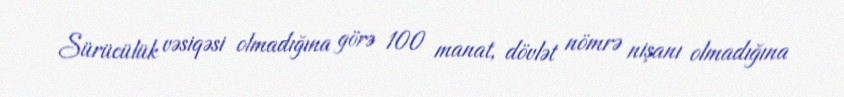
Sürücülük vəsiqəsi olmadığına görə 100 manat, dövlət nömrə nişanı olmadığına